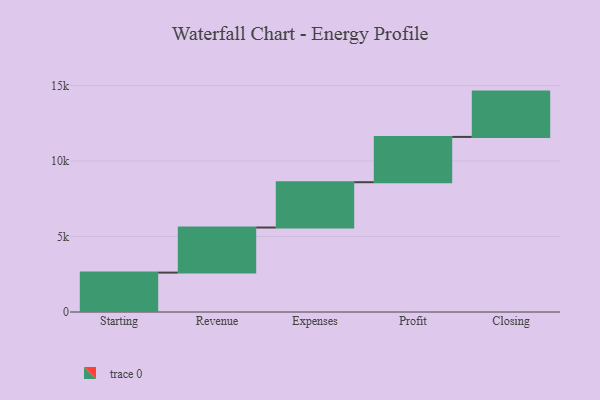
{"axis": {"x": "Step", "y": "Value"}, "legend": [""], "data": [{"x": "Starting", "y": 2608.0, "type": ""}, {"x": "Revenue", "y": 2986.0, "type": ""}, {"x": "Expenses", "y": 3000, "type": ""}, {"x": "Profit", "y": 3000, "type": ""}, {"x": "Closing", "y": 3000, "type": ""}]}